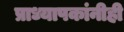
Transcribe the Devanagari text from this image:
प्राध्यापकांनीही